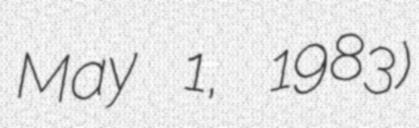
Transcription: May 1, 1983)